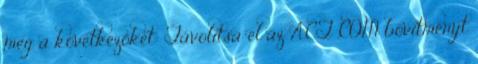
meg a következőket: Távolítsa el az ACT .COM bővítményt